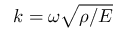
k = \omega \sqrt { \rho / E }